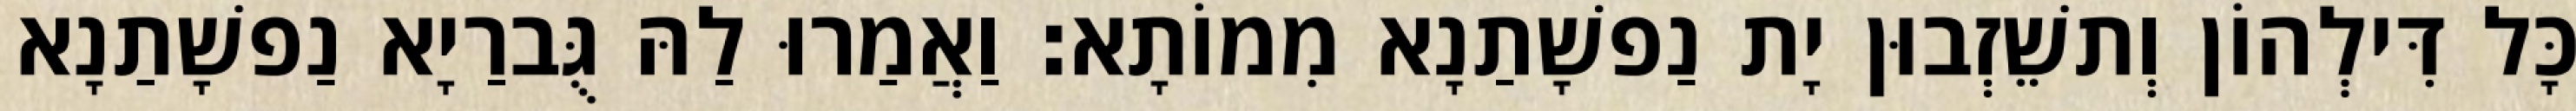
כָּל דִּילְהוֹן וְתשֵׁזְבוּן יָת נַפשָׁתַנָא מִמוֹתָא׃ וַאֲמַרוּ לַהּ גֻּברַיָא נַפשָׁתַנָא